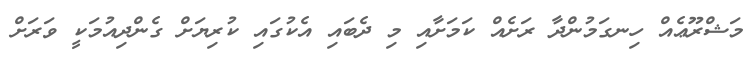
މަޝްރޫޢެއް ހިނގަމުންދާ ރަށެއް ކަމަށާއި މި ދެބައި އެކުގައި ކުރިޔަށް ގެންދިއުމަކީ ވަރަށް